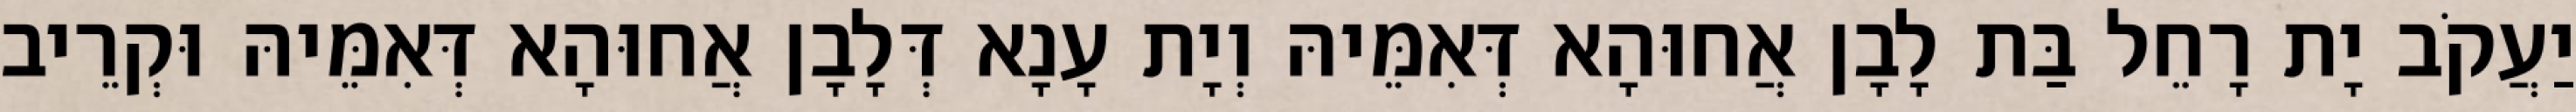
יַעֲקֹב יָת רָחֵל בַּת לָבָן אֲחוּהָא דְּאִמֵּיהּ וְיָת עָנָא דְּלָבָן אֲחוּהָא דְּאִמֵּיהּ וּקְרֵיב